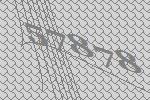
57878